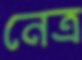
নেত্র